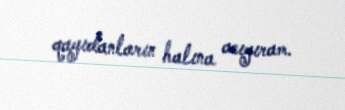
qayıdanların halına acıyıram.